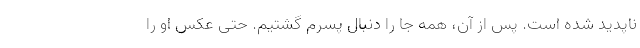
ناپدید شده است. پس از آن، همه جا را دنبال پسرم گشتیم. حتی عکس او را